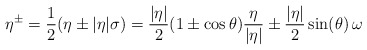
\begin{align*} \eta^\pm &= \frac{1}{2} (\eta\pm |\eta|\sigma) = \frac{|\eta|}{2}(1\pm \cos\theta) \frac{\eta}{|\eta|} \pm \frac{|\eta|}{2} \sin(\theta)\, \omega \end{align*}